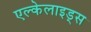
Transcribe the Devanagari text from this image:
एल्केलाइड्स